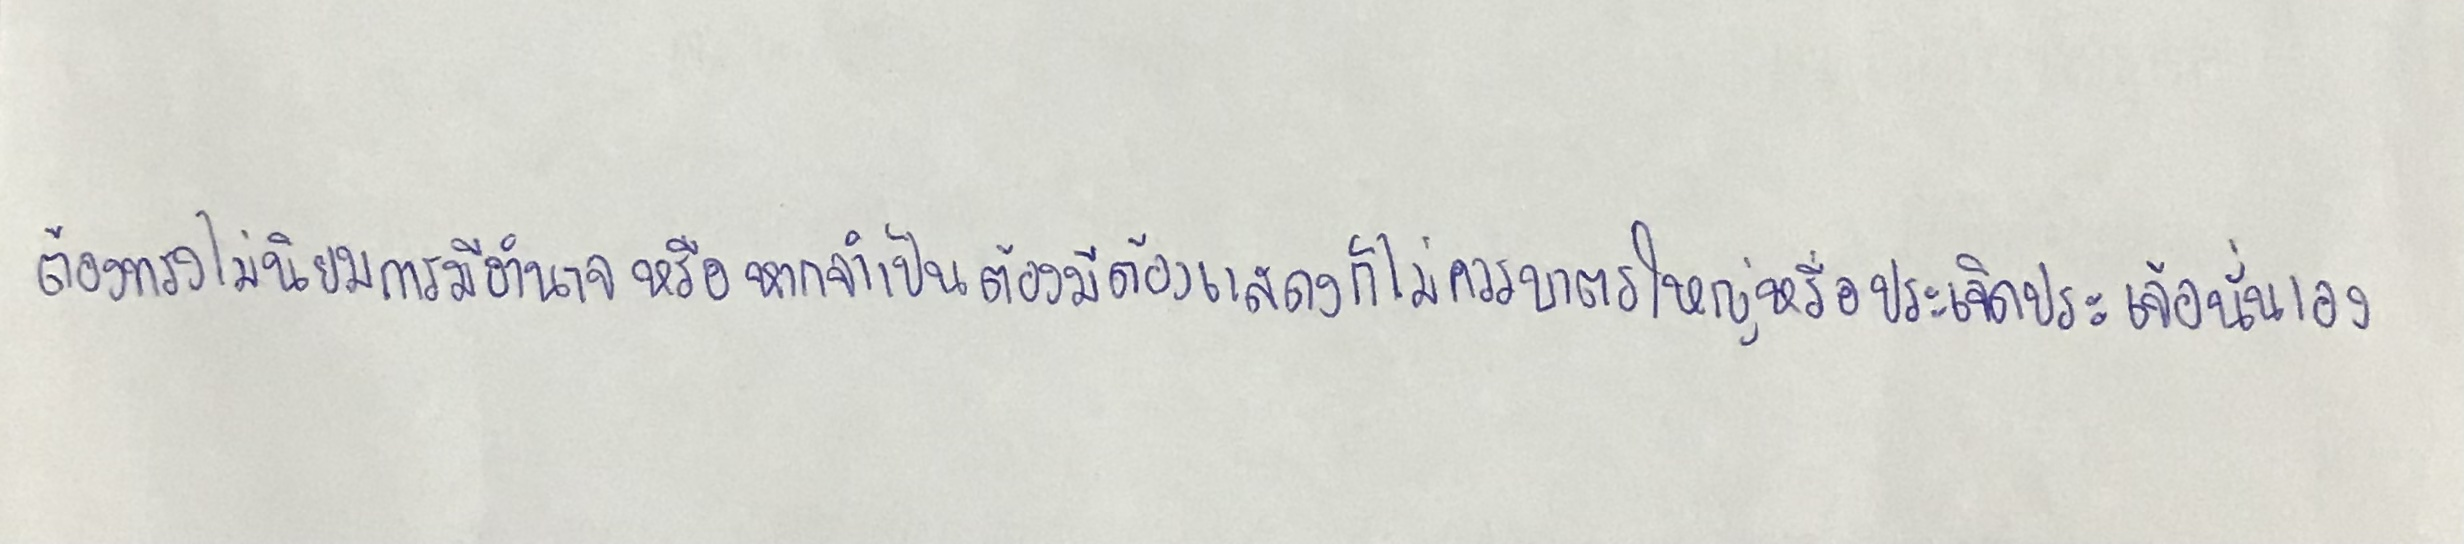
ต้องทรงไม่นิยมการมีอำนาจหรือหากจำเป็นต้องมีต้องแสดงก็ไม่ควรบาตรใหญ่หรือประเจิดประเจ้อนั่นเอง